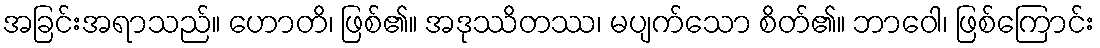
အခြင်းအရာသည်။ ဟောတိ၊ ဖြစ်၏။ အဒုဿိတဿ၊ မပျက်သော စိတ်၏။ ဘာဝေါ၊ ဖြစ်ကြောင်း